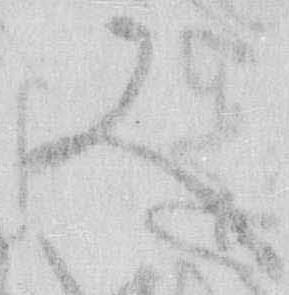
又